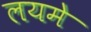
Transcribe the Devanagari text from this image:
लयमे